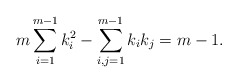
\begin{align*}m\sum_{i=1}^{m-1}k_i^2 - \sum_{i,j=1}^{m-1} k_i k_j = m-1.\end{align*}